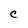
Character: C